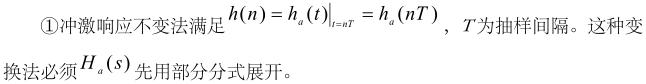
\textcircled{1}冲激响应不变法满足$h(n)=\left.h_a(t)\right|_{t = nT}=h_a(nT)$，$T$为抽样间隔。这种变换法必须$H_a(s)$先用部分分式展开。